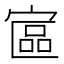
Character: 𡩾